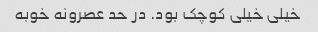
خیلی خیلی کوچک بود. در حد عصرونه خوبه